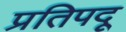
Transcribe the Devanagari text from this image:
प्रतिपदू